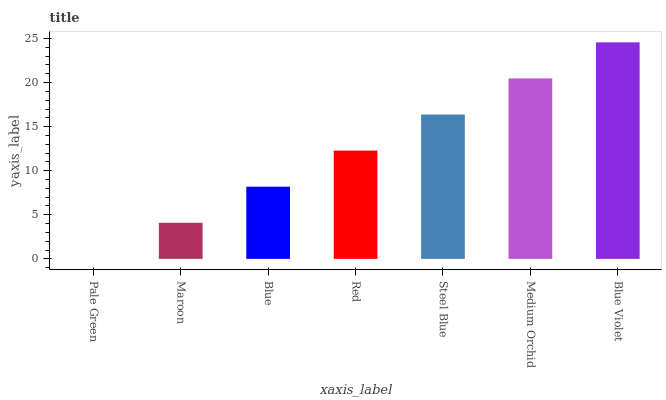
| xaxis_label | bars |
 | --- | --- |
 | Pale Green | 0 |
 | Maroon | 4.09 |
 | Blue | 8.19 |
 | Red | 12.3 |
 | Steel Blue | 16.4 |
 | Medium Orchid | 20.5 |
 | Blue Violet | 24.6 |